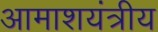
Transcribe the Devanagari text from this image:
आमाशयंत्रीय